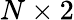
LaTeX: N\times 2